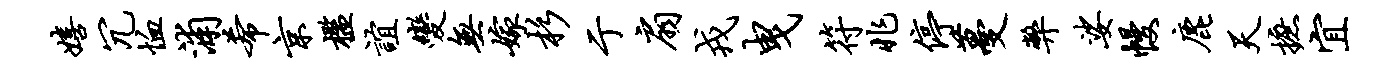
嬉冗恤浦希京槛谊变无嫁杉亍扇戎曳符兆停蔓弊娑幔鹿天摭宜